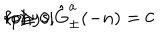
\langle \mathrm { p h y s } | \hat { \mathrm { G } } _ { \pm } ^ { a } ( - n ) = 0 \hspace { 1 c m } \mathrm { f o r } \hspace { 1 c m } n \geq 0 ,